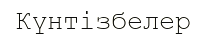
Күнтізбелер